Scottish Leaving Certificate Examination, 1955
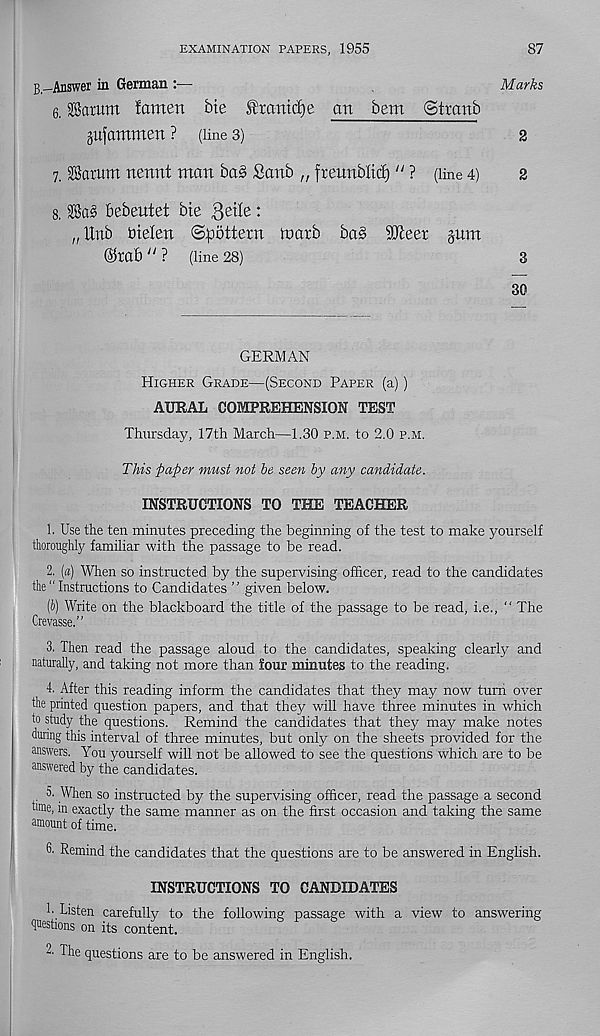
EXAMINATION PAPERS, 1955
87
B.-Answer in German
Marks
6. Saturn famen bte Srantd)e an bent ©tranb
gufamnten ? (line 3)
2
7. Saturn nennt man ba§ Sanb „ ftennbltd)" ? (line 4)
2
8. Sa§ bebeutet bte
:
„ Unb bielen ©pattern loath bas 90teer gum
©tab " ? (line 28)
3
30
GERMAN
Higher Grade—(Second Paper (a))
AURAL COMPREHENSION TEST
Thursday, 17th March—1.30 p.m. to 2.0 p.m.
This paper must not he seen hy any candidate.
INSTRUCTIONS TO THE TEACHER
1. Use the ten minutes preceding the beginning of the test to make yourself
thoroughly familiar with the passage to be read.
2. [a) When so instructed by the supervising officer, read to the candidates
the “ Instructions to Candidates ’ ’ given below.
(h) Write on the blackboard the title of the passage to be read, i.e., “ The
Crevasse.”
3. Then read the passage aloud to the candidates, speaking clearly and
naturally, and taking not more than four minutes to the reading.
4. After this reading inform the candidates that they may now turn over
the printed question papers, and that they will have three minutes in which
to study the questions. Remind the candidates that they may make notes
during this interval of three minutes, but only on the sheets provided for the
answers. You yourself will not be allowed to see the questions which are to be
answered by the candidates.
5. When so instructed by the supervising officer, read the passage a second
nine, in exactly the same manner as on the first occasion and taking the same
amount of time.
6. Remind the candidates that the questions are to be answered in English.
INSTRUCTIONS TO CANDIDATES
b Listen carefully to the following passage with a view to answering
questions on its content.
2. The questions are to be answered in English.